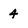
Character: 4